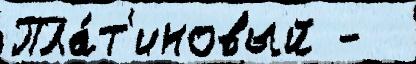
Пла́т'иновый -